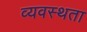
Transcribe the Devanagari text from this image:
व्यवस्थता